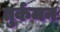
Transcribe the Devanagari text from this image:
तुर्कमन